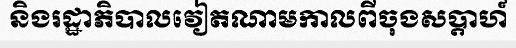
និងរដ្ឋាភិបាលវៀតណាមកាលពីចុងសប្តាហ៍